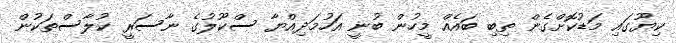
ކިޔޫގައި މަޑުކޮށްގެން ތިބި ބައެއް މީހުން ބުނީ އަހުމަދިއްޔާ ސްކޫލުގެ ނާސަރީ ކުލާސްތަކުން